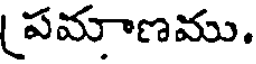
పమాణము.